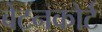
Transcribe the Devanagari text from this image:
बेटनकोर्ट